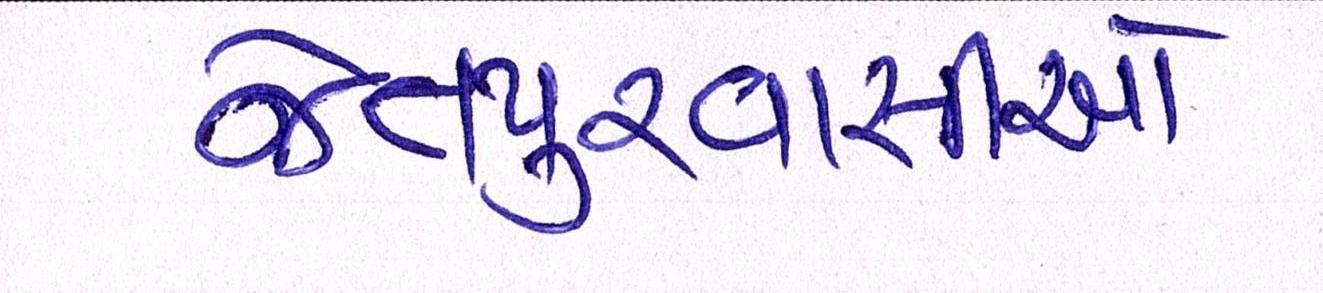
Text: જેતપુરવાસીઓ